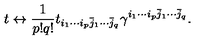
t \leftrightarrow \frac { 1 } { p ! q ! } t _ { i _ { 1 } \cdots i _ { p } \bar { j } _ { 1 } \cdots \bar { j } _ { q } } \gamma ^ { i _ { 1 } \cdots i _ { p } \bar { j } _ { 1 } \cdots \bar { j } _ { q } } .